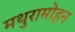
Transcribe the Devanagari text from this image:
मथुरामोहन